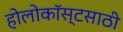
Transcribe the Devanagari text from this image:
होलोकॉस्टसाठी